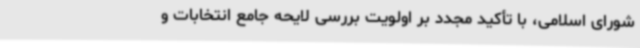
شورای اسلامی، با تأکید مجدد بر اولویت بررسی لایحه جامع انتخابات و